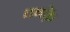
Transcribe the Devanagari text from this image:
तबक़ें